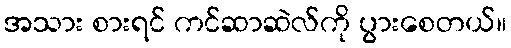
အသား စားရင် ကင်ဆာဆဲလ်ကို ပွားစေတယ်။